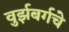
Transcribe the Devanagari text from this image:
वुर्झबर्गचे